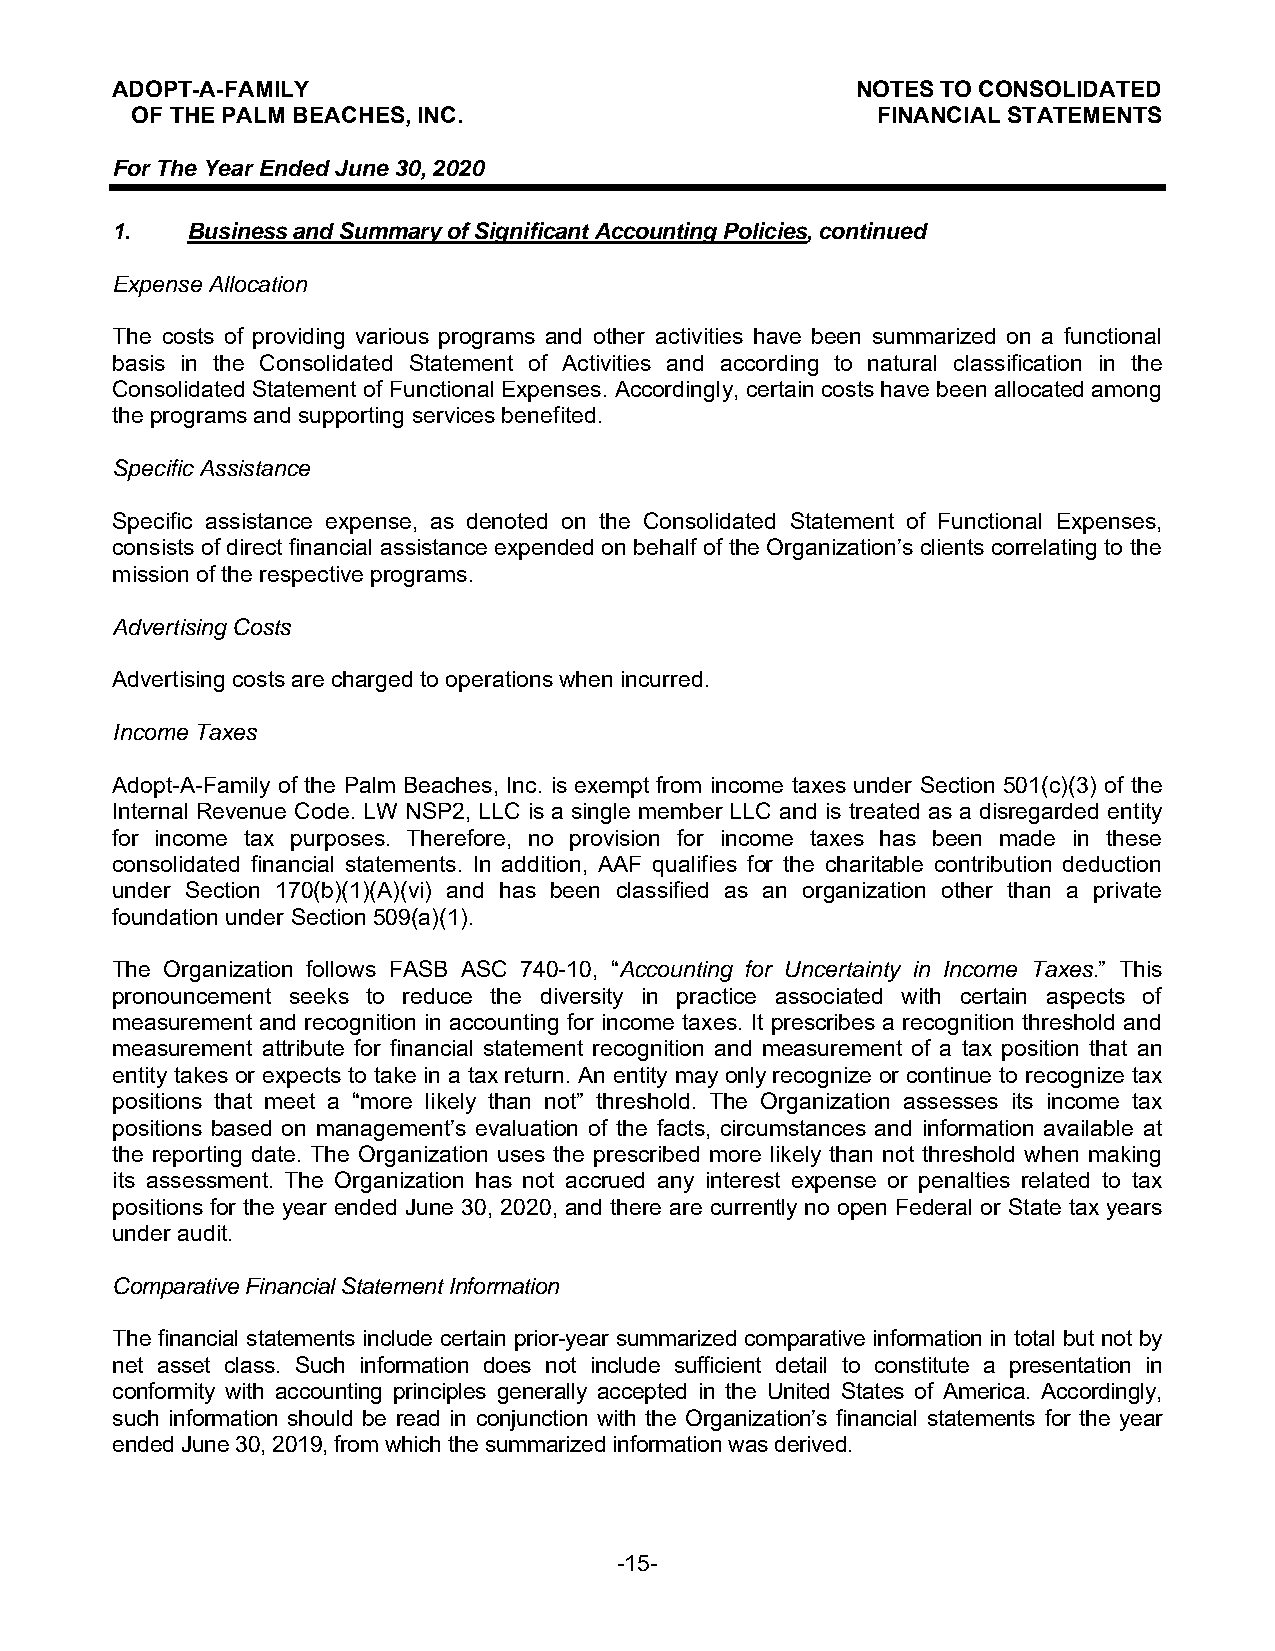
ADOPT-A-FAMILY                                    NOTES TO CONSOLIDATED
 OF THE PALM BEACHES, INC.                        FINANCIAL STATEMENTS
 For The Year Ended June 30, 2020
 1.   Business and Summary of Significant Accounting Policies, continued
 Expense Allocation
 The costs of providing various programs and other activities have been summarized on a functional
 basis in the Consolidated Statement of Activities and according to natural classification in the
 Consolidated Statement of Functional Expenses. Accordingly, certain costs have been allocated among
 the programs and supporting services benefited.
 Specific Assistance
 Specific assistance expense, as denoted on the Consolidated Statement of Functional Expenses,
 consists of direct financial assistance expended on behalf of the Organization’s clients correlating to the
 mission of the respective programs.
 Advertising Costs
 Advertising costs are charged to operations when incurred.
 Income Taxes
 Adopt-A-Family of the Palm Beaches, Inc. is exempt from income taxes under Section 501(c)(3) of the
 Internal Revenue Code. LW NSP2, LLC is a single member LLC and is treated as a disregarded entity
 for income tax purposes. Therefore, no provision for income taxes has been made in these
 consolidated financial statements. In addition, AAF qualifies for the charitable contribution deduction
 under Section 170(b)(1)(A)(vi) and has been classified as an organization other than a private
 foundation under Section 509(a)(1).
 The Organization follows FASB ASC 740-10, “Accounting for Uncertainty in Income Taxes.” This
 pronouncement seeks to reduce the diversity in practice associated with certain aspects of
 measurement and recognition in accounting for income taxes. It prescribes a recognition threshold and
 measurement attribute for financial statement recognition and measurement of a tax position that an
 entity takes or expects to take in a tax return. An entity may only recognize or continue to recognize tax
 positions that meet a “more likely than not” threshold. The Organization assesses its income tax
 positions based on management’s evaluation of the facts, circumstances and information available at
 the reporting date. The Organization uses the prescribed more likely than not threshold when making
 its assessment. The Organization has not accrued any interest expense or penalties related to tax
 positions for the year ended June 30, 2020, and there are currently no open Federal or State tax years
 under audit.
 Comparative Financial Statement Information
 The financial statements include certain prior-year summarized comparative information in total but not by
 net asset class. Such information does not include sufficient detail to constitute a presentation in
 conformity with accounting principles generally accepted in the United States of America. Accordingly,
 such information should be read in conjunction with the Organization’s financial statements for the year
 ended June 30, 2019, from which the summarized information was derived.
 -15-